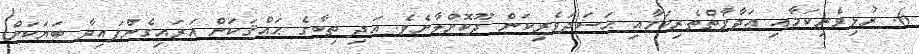
6. ރުޅިވެރިކަމާއި ޢަދާވާތްތެރިކަމާއި ޙަސަދަވެރިކަން ދޫކޮށްލާށެވެ. އަދި ތިބާގެ ޙައްޤަކަށް އަރައިގެންފައިވާ ބަޔަކަށް